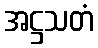
အဋ္ဌသတံ